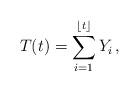
LaTeX: \begin{align*} T(t)=\sum_{i=1}^{\lfloor t\rfloor}Y_i \,,\end{align*}